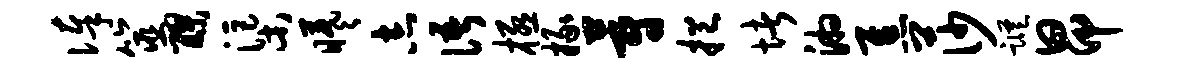
俸筮醪渠曦志语极掾蔚挹堵湘焦莎踪昂